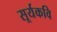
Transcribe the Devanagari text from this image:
सूर्यकवि